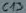
Text: C13